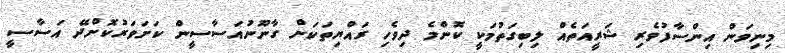
މިނިވަން އިންސާފުވެރި ޝަރީއަތެއް ލިބިގަތުމަކީ ކޮންމެ ދިވެހި ރައްޔިތަކަށް ގާނޫނުއަސާސީން ކަށަވަރުކޮށްދޭ އަސާސީ